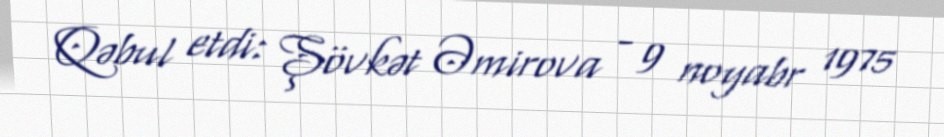
Qəbul etdi: Şövkət Əmirova - 9 noyabr 1975